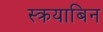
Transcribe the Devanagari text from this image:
स्क्रयाबिन